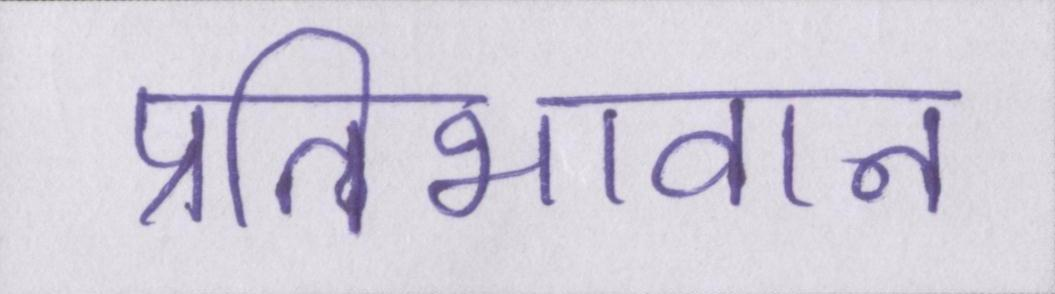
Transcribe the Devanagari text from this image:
प्रतिभावान